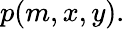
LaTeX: p(m,x,y).